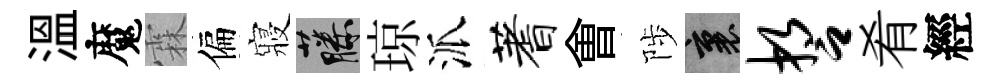
溫魔霖偏寢藤琼派蓍㑹陟裏誓肴經